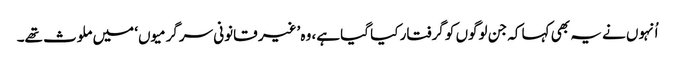
اُنہوں نے یہ بھی کہا کہ جن لوگوں کو گرفتار کیا گیا ہے، وہ ’غیر قانونی سرگرمیوں‘ میں ملوث تھے۔